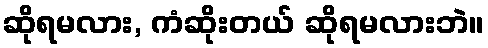
ဆိုရမလား, ကံဆိုးတယ် ဆိုရမလားဘဲ။